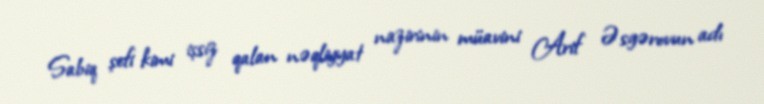
Sabiq şefi kimi işsiz qalan nəqliyyat nazirinin müavini Arif Əsgərovun adı